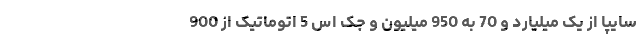
سایپا از یک میلیارد و 70 به 950 میلیون و جک اس 5 اتوماتیک از 900